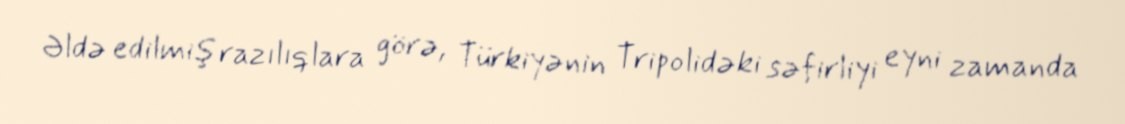
Əldə edilmiş razılıqlara görə, Türkiyənin Tripolidəki səfirliyi eyni zamanda